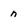
Character: n